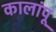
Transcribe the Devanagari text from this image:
कालांपू